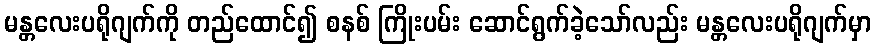
မန္တလေးပရိုဂျက်ကို တည်ထောင်၍ စနစ် ကြိုးပမ်း ဆောင်ရွက်ခဲ့သော်လည်း မန္တလေးပရိုဂျက်မှာ